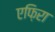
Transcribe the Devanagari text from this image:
एफ़िरा